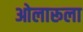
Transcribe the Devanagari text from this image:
ओलारूला